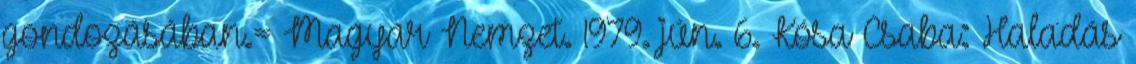
gondozásában.= Magyar Nemzet. 1979. jún. 6. Kósa Csaba: Haladás